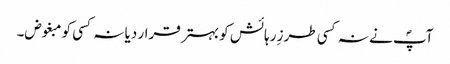
آپؐ نے نہ کسی طرزِ رہائش کو بہتر قرار دیا نہ کسی کو مبغوض۔